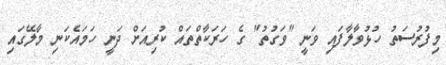
މިފުރުސަތު ހުޅުވާލާފައި ވަނީ "ވަގުތު" ގެ ހަރަކާތްތައް ކުރިއަށް ދަނީ ހަމައެކަނި މާލޭގައި